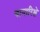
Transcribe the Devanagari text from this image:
चान्तरिक्षे